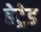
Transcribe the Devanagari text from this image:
हेट्रेड